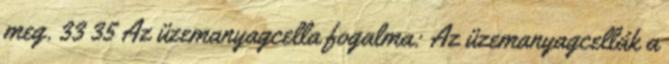
meg. 33 35 Az üzemanyagcella fogalma: Az üzemanyagcellák a